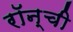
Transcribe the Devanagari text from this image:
रॉन्ची